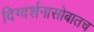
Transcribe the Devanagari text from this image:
दिग्दर्शनासोबातच